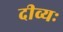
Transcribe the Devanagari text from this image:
दीव्यः